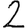
Digit: 2